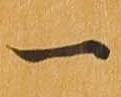
一